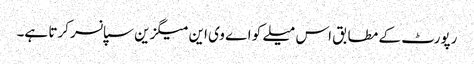
رپورٹ کے مطابق اس میلے کو اے وی این میگزین سپانسر کرتا ہے۔